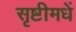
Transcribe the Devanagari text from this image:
सृष्टीमधें